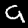
Label: 9